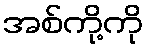
အစ်ကို့ကို